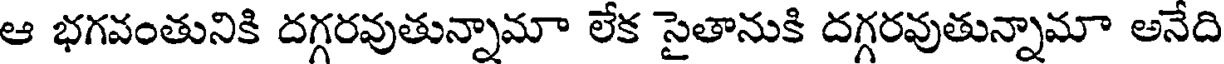
ఆ భగవంతునికి దగ్గరవుతున్నామా లేక సైతానుకి దగ్గరవుతున్నామా అనేది